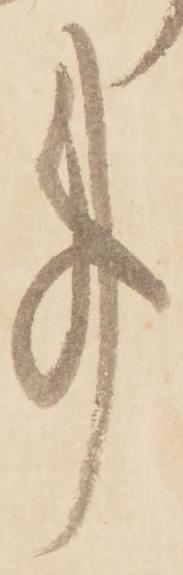
事